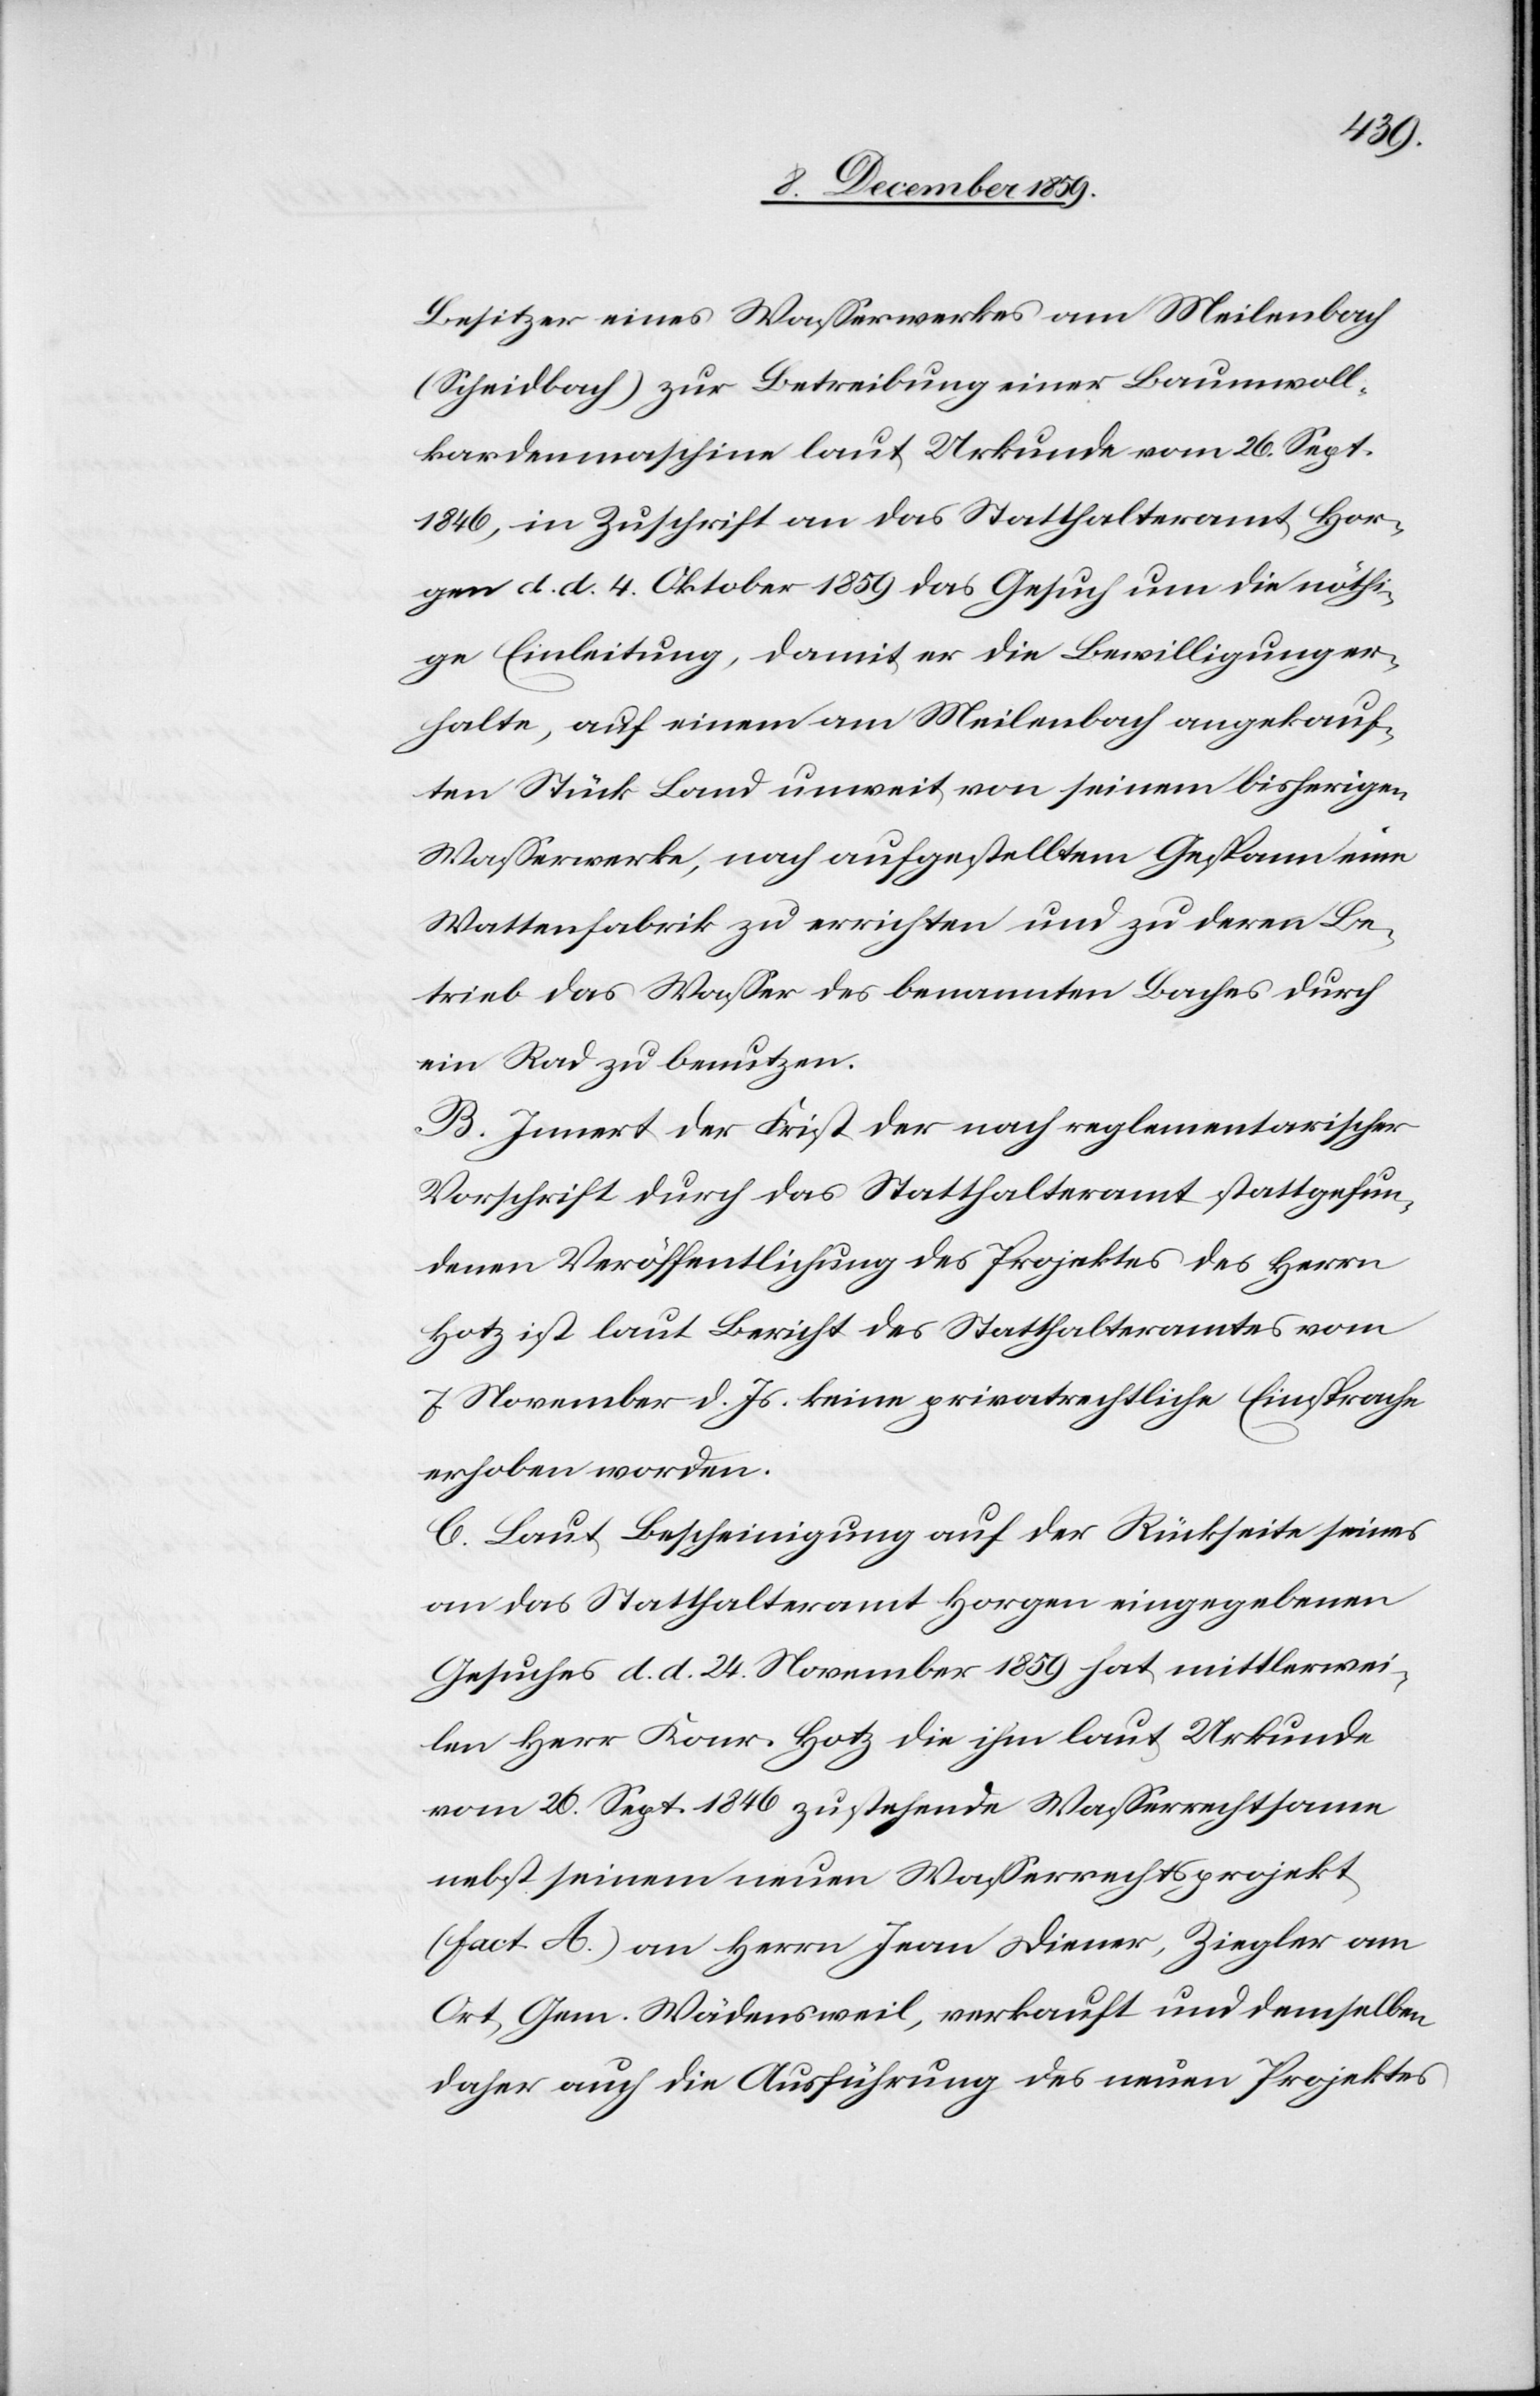
Besitzer eines Wasserwerkes am Meilenbach
(Scheidbach) zur Betreibung einer Baumwoll¬
kardenmaschine laut Urkunde vom 26. Sept.
1846, in Zuschrift an das Statthalteramt Hor¬
gen d. d. 4. Oktober 1859 das Gesuch um die nöthi¬
ge Einleitung, damit er die Bewilligung er¬
halte, auf einem am Meilenbach angekauf¬
ten Stück Land unweit von seinem bisherigen
Wasserwerke, nach aufgestelltem Gespann eine
Wattenfabrik zu errichten und zu deren Be¬
trieb das Wasser des benannten Baches durch
ein Rad zu benutzen.
B. Innert der Frist der nach reglementarischer
Vorschrift durch das Statthalteramt stattgefun¬
denen Veröffentlichung des Projektes des Herrn
Hotz ist laut Bericht des Statthalteramtes vom
7. November d. Js. keine privatrechtliche Einsprache
erhoben worden.
C. Laut Bescheinigung auf der Rückseite seines
an das Statthalteramt Horgen eingegebenen
Gesuches d. d. 24. November 1859 hat mittlerwei¬
le Herr Konr. Hotz die ihm laut Urkunde
vom 26. Sept. 1846 zustehende Wasserrechtsame
nebst seinem neuen Wasserrechtsprojekt
(fact. A.) an Herrn Ivan Diener, Ziegler am
Ort, Gem. Wädensweil, verkauft und demselben
daher auch die Ausführung des neuen Projektes